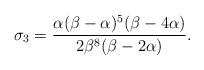
LaTeX: \begin{align*} \sigma_3 = \dfrac{\alpha(\beta - \alpha)^5(\beta - 4\alpha)}{2\beta^8(\beta - 2\alpha)}. \end{align*}